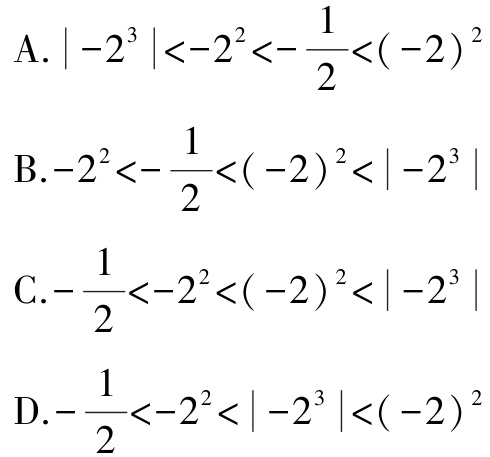
A. \(\vert -2^{3}\vert<-2^{2}<-\frac{1}{2}<(-2)^{2}\)

B. \(-2^{2}<-\frac{1}{2}<(-2)^{2}<\vert -2^{3}\vert\)

C. \(-\frac{1}{2}<-2^{2}<(-2)^{2}<\vert -2^{3}\vert\)

D. \(-\frac{1}{2}<-2^{2}<\vert -2^{3}\vert<(-2)^{2}\)